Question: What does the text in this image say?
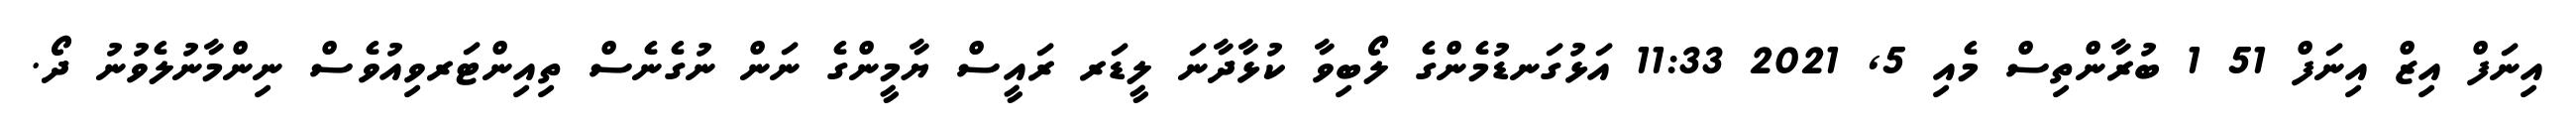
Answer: އިނަފް އިޒް އިނަފް 51 1 ބުރާންތިސް މެއި 5, 2021 11:33 އަޅުގަނޑުމެންގެ ލޯބިވާ ކުޅާދާނަ ލީޑަރ ރައީސް ޔާމީންގެ ނަން ނުގެނެސް ތިއިންޓަރވިއުވެސް ނިންމާނުލެވުނު ދޯ.